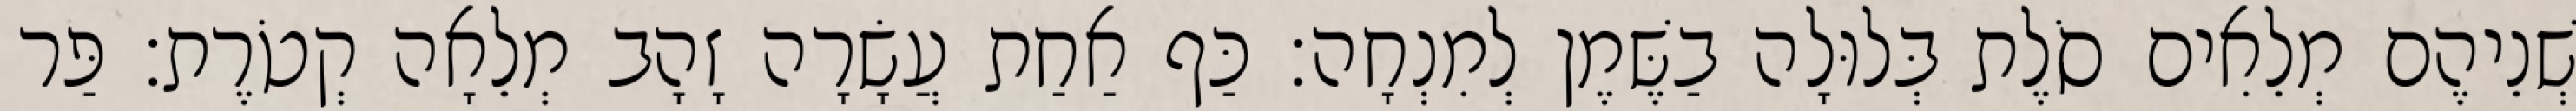
שְׁנֵיהֶם מְלֵאִים סֹלֶת בְּלוּלָה בַשֶּׁמֶן לְמִנְחָה׃ כַּף אַחַת עֲשָׂרָה זָהָב מְלֵאָה קְטֹרֶת׃ פַּר